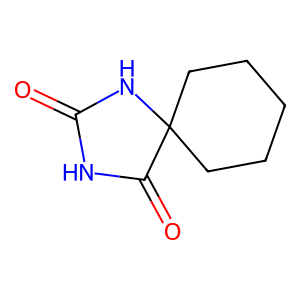
SMILES: O=C1NC(=O)C2(CCCCC2)N1
Inhibits HIV replication: No